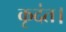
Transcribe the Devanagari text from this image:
कृदंत।